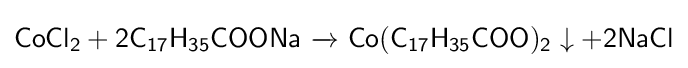
{\mathsf {CoCl_{2}+2C_{17}H_{35}COONa\ {\xrightarrow {}}\ Co(C_{17}H_{35}COO)_{2}\downarrow +2NaCl}}